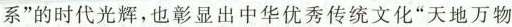
系”的时代光辉，也彰显出中华优秀传统文化”天地万物